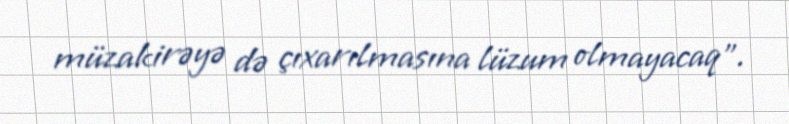
müzakirəyə də çıxarılmasına lüzum olmayacaq”.